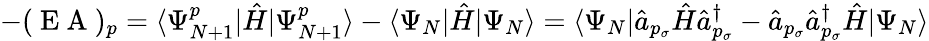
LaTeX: -(\mathrm{~E~A~})_{p}=\langle\Psi_{N+1}^{p}|\hat{H}|\Psi_{N+1}^{p}\rangle-\langle\Psi_{N}|\hat{H}|\Psi_{N}\rangle=\langle\Psi_{N}|\hat{a}_{p_{\sigma}}\hat{H}\hat{a}_{p_{\sigma}}^{\dagger}-\hat{a}_{p_{\sigma}}\hat{a}_{p_{\sigma}}^{\dagger}\hat{H}|\Psi_{N}\rangle